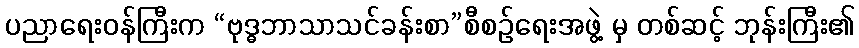
ပညာရေးဝန်ကြီးက “ဗုဒ္ဓဘာသာသင်ခန်းစာ”စီစဉ်ရေးအဖွဲ့ မှ တစ်ဆင့် ဘုန်းကြီး၏